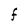
Character: F